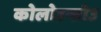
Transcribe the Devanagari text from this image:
कोलोउन्तोउ